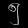
Digit: ၅